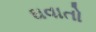
ઘવાતો